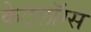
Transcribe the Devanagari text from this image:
केटलॉग्स